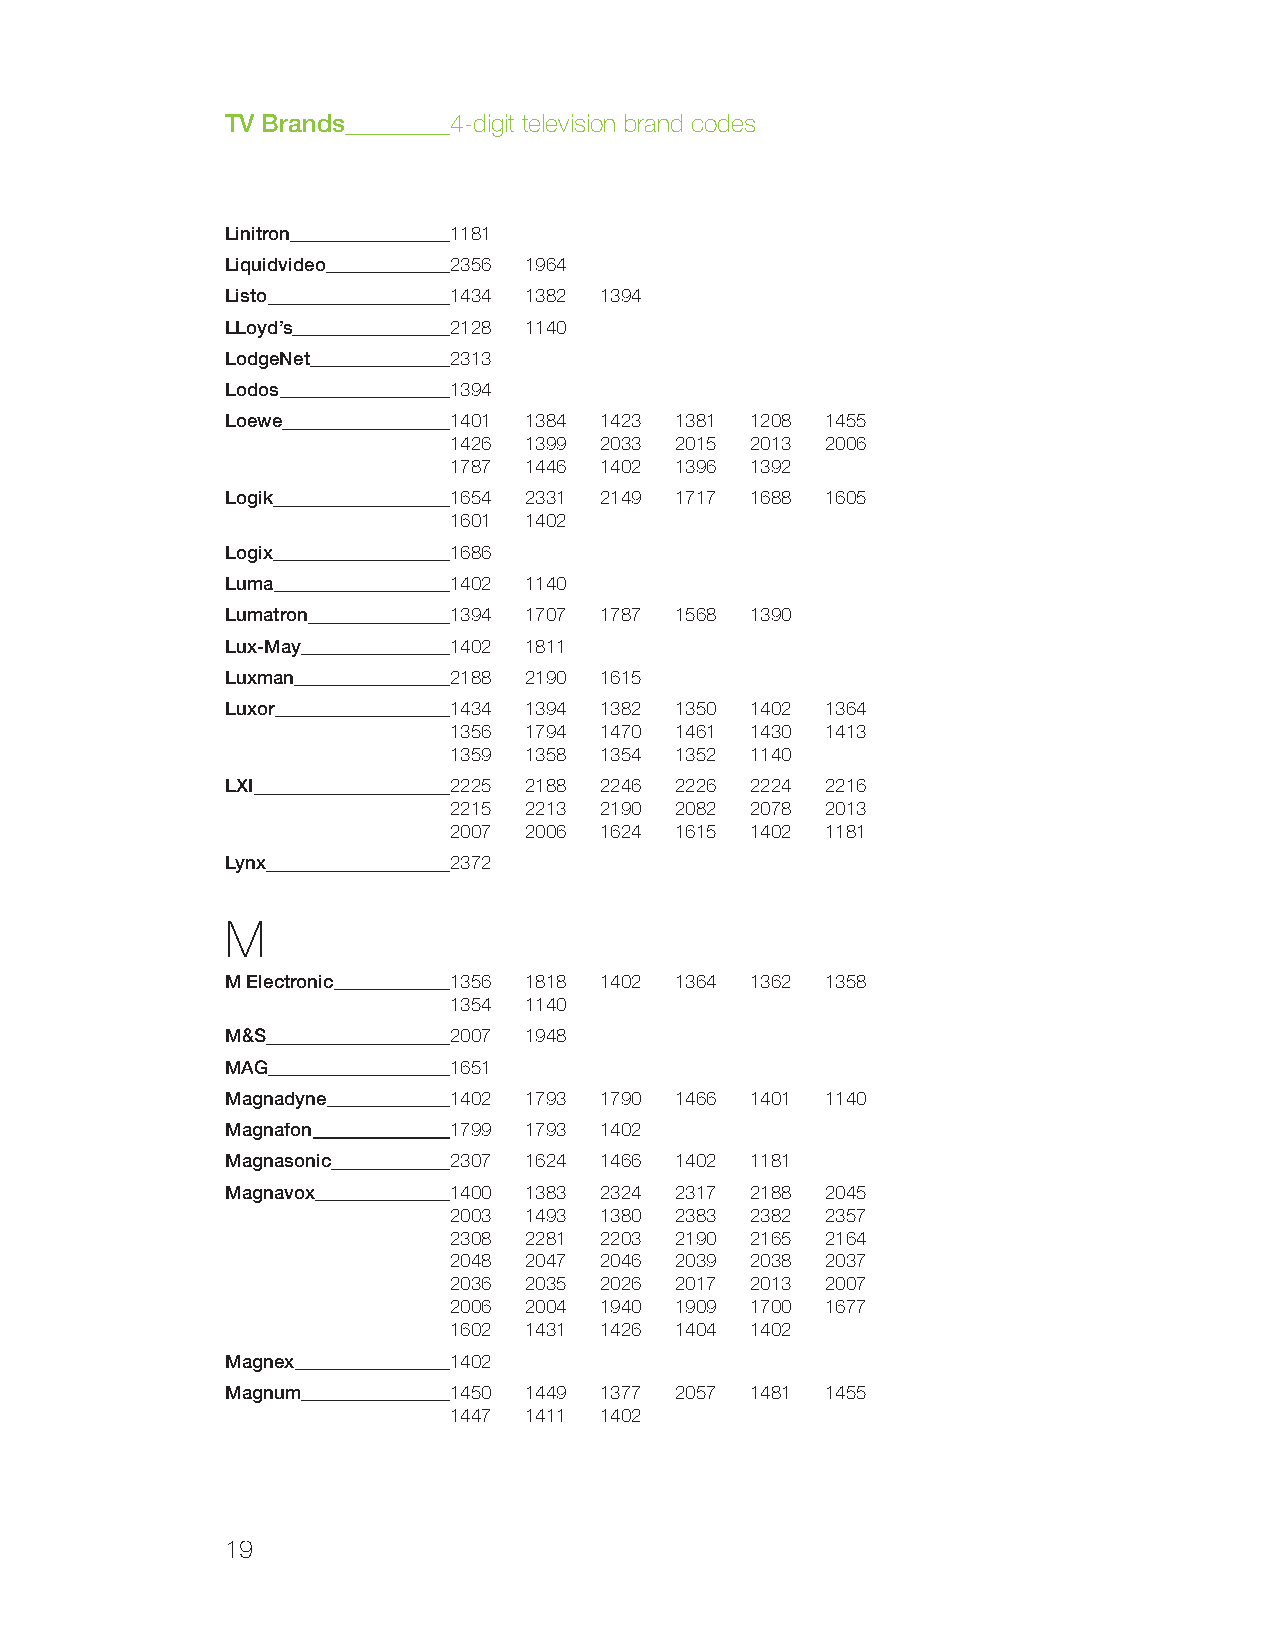
TV Brands      4-digit television brand codes
 Linitron       1181
 Liquidvideo    2356 1964
 Listo          1434 1382 1394
 LLoyd’s        2128 1140
 LodgeNet       2313
 Lodos          1394
 Loewe          1401 1384 1423 1381 1208 1455
 1426 1399 2033 2015 2013 2006
 1787 1446 1402 1396 1392
 Logik          1654 2331 2149 1717 1688 1605
 1601 1402
 Logix          1686
 Luma           1402 1140
 Lumatron       1394 1707 1787 1568 1390
 Lux-May        1402 1811
 Luxman         2188 2190 1615
 Luxor          1434 1394 1382 1350 1402 1364
 1356 1794 1470 1461 1430 1413
 1359 1358 1354 1352 1140
 LXI            2225 2188 2246 2226 2224 2216
 2215 2213 2190 2082 2078 2013
 2007 2006 1624 1615 1402 1181
 Lynx           2372
 M
 M Electronic   1356 1818 1402 1364 1362 1358
 1354 1140
 M&S            2007 1948
 MAG            1651
 Magnadyne      1402 1793 1790 1466 1401 1140
 Magnafon       1799 1793 1402
 Magnasonic     2307 1624 1466 1402 1181
 Magnavox       1400 1383 2324 2317 2188 2045
 2003 1493 1380 2383 2382 2357
 2308 2281 2203 2190 2165 2164
 2048 2047 2046 2039 2038 2037
 2036 2035 2026 2017 2013 2007
 2006 2004 1940 1909 1700 1677
 1602 1431 1426 1404 1402
 Magnex         1402
 Magnum         1450 1449 1377 2057 1481 1455
 1447 1411 1402
 19